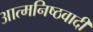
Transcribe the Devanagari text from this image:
आत्मनिष्ठवादी